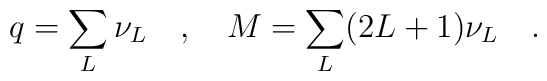
q=\sum_{L}\nu _{L}\quad,\quad M=\sum_{L} (2L+1)\nu _{L}\quad .